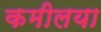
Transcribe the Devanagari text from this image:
कमीलया